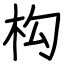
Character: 构